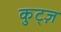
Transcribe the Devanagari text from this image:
कुट्ज़